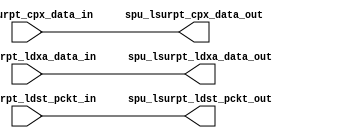
module spu_lsurpt (


/*outputs*/

spu_lsurpt_ldxa_data_out,
spu_lsurpt_ldst_pckt_out,
spu_lsurpt_cpx_data_out,

/*inputs*/
spu_lsurpt_ldxa_data_in,
spu_lsurpt_ldst_pckt_in,
spu_lsurpt_cpx_data_in);

// ---------------------------------------------------------------------

input [63:0] spu_lsurpt_ldxa_data_in;
input [122:0] spu_lsurpt_ldst_pckt_in;
input [134:0] spu_lsurpt_cpx_data_in;

// ---------------------------------------------------------------------

output [63:0] spu_lsurpt_ldxa_data_out;
output [122:0] spu_lsurpt_ldst_pckt_out;
output [134:0] spu_lsurpt_cpx_data_out;

// ---------------------------------------------------------------------
// ---------------------------------------------------------------------
// ---------------------------------------------------------------------

// port postion should be: input on the TOP and output on BOTTOM.

assign spu_lsurpt_ldxa_data_out[63:0] = spu_lsurpt_ldxa_data_in[63:0];

// ---------------------------------------------------------------------

// port postion should be: input on the TOP and output on BOTTOM.

assign spu_lsurpt_ldst_pckt_out[122:0] = spu_lsurpt_ldst_pckt_in[122:0];

// ---------------------------------------------------------------------

// port postion should be: input on the BOTTOM and output on TOP.

assign spu_lsurpt_cpx_data_out[134:0] = spu_lsurpt_cpx_data_in[134:0];


endmodule